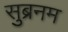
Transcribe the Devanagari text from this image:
सुब्रनम